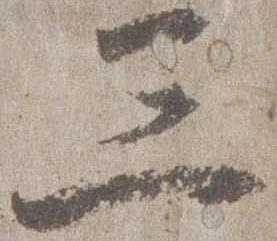
三